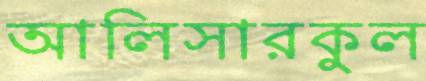
আলিসারকুল